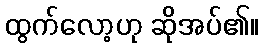
ထွက်လော့ဟု ဆိုအပ်၏။